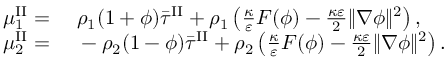
\begin{array} { r l } { \mu _ { 1 } ^ { \mathrm { I I } } = } & { { } ~ \rho _ { 1 } ( 1 + \phi ) \bar { \tau } ^ { \mathrm { I I } } + \rho _ { 1 } \left( \frac { \kappa } { \varepsilon } F ( \phi ) - \frac { \kappa \varepsilon } { 2 } \| \nabla \phi \| ^ { 2 } \right) , } \\ { \mu _ { 2 } ^ { \mathrm { I I } } = } & { { } ~ - \rho _ { 2 } ( 1 - \phi ) \bar { \tau } ^ { \mathrm { I I } } + \rho _ { 2 } \left( \frac { \kappa } { \varepsilon } F ( \phi ) - \frac { \kappa \varepsilon } { 2 } \| \nabla \phi \| ^ { 2 } \right) . } \end{array}